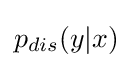
p_{dis}(y|x)